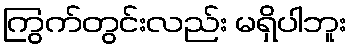
ကြွက်တွင်းလည်း မရှိပါဘူး